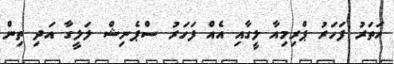
ހަތަރު ފަހަރު ޕްރިމިއާ ލީގާއި އެއް ފަހަރު ސްޕެނިޝް ލަލީގާ އަދި ތިން